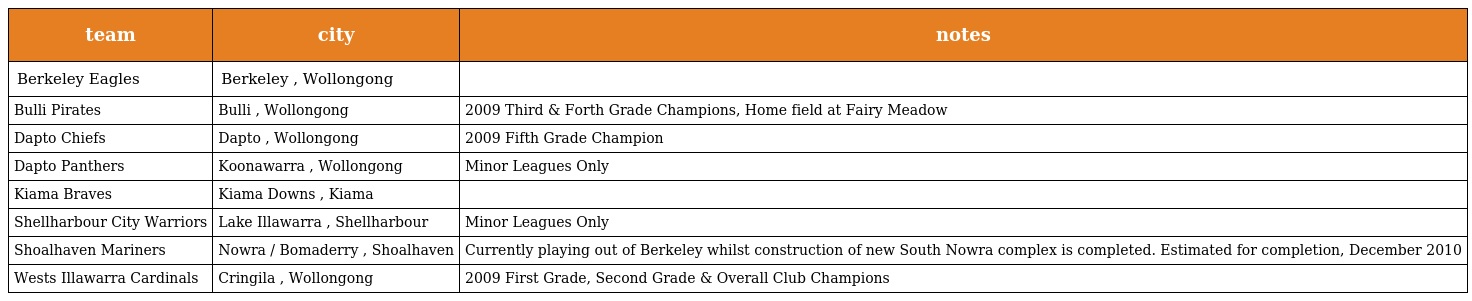
| team | city | notes |
 | --- | --- | --- |
 | Berkeley Eagles | Berkeley , Wollongong |  |
 | Bulli Pirates | Bulli , Wollongong | 2009 Third & Forth Grade Champions, Home field at Fairy Meadow |
 | Dapto Chiefs | Dapto , Wollongong | 2009 Fifth Grade Champion |
 | Dapto Panthers | Koonawarra , Wollongong | Minor Leagues Only |
 | Kiama Braves | Kiama Downs , Kiama |  |
 | Shellharbour City Warriors | Lake Illawarra , Shellharbour | Minor Leagues Only |
 | Shoalhaven Mariners | Nowra / Bomaderry , Shoalhaven | Currently playing out of Berkeley whilst construction of new South Nowra complex is completed. Estimated for completion, December 2010 |
 | Wests Illawarra Cardinals | Cringila , Wollongong | 2009 First Grade, Second Grade & Overall Club Champions |